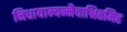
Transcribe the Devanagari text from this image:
निधायान्यन्नैवाश्रितमिह